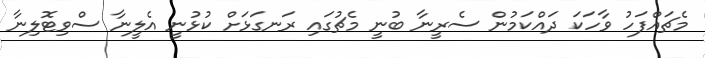
މެޗައްފަހު ވާހަކަ ދައްކަމުން ސެރީނާ ބުނީ މެޗުގައި ރަނގަޅަށް ކުޅުނީ އެލީނާ ސްވިޓޮލިނާ